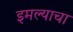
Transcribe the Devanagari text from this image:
इमल्याचा